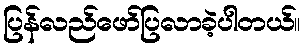
ပြန်လည်ဖော်ပြလာခဲ့ပါတယ်။